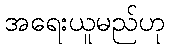
အရေးယူမည်ဟု